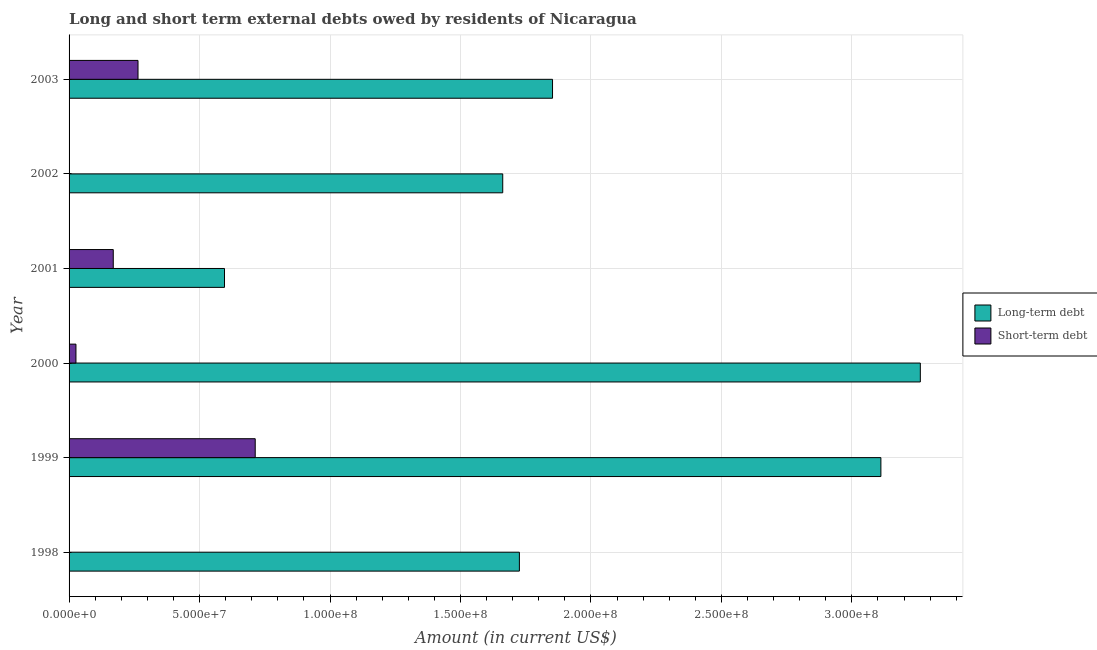
| Year | Long-term debt | Short-term debt |
 | --- | --- | --- |
 | 1998 | 1.73e+08 | -2.17e+08 |
 | 1999 | 3.11e+08 | 7.13e+07 |
 | 2000 | 3.26e+08 | 2.64e+06 |
 | 2001 | 5.96e+07 | 1.69e+07 |
 | 2002 | 1.66e+08 | -4.21e+06 |
 | 2003 | 1.85e+08 | 2.64e+07 |